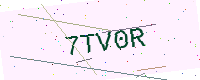
Text: 7TV0R